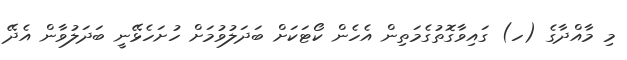
މި މާއްދާގެ (ހ) ގައިވާގޮތުގެމަތިން އެހެން ކޯޓަކަށް ބަދަލުވުމަށް ހުށަހެޅޭނީ ބަދަލުވާން އެދޭ